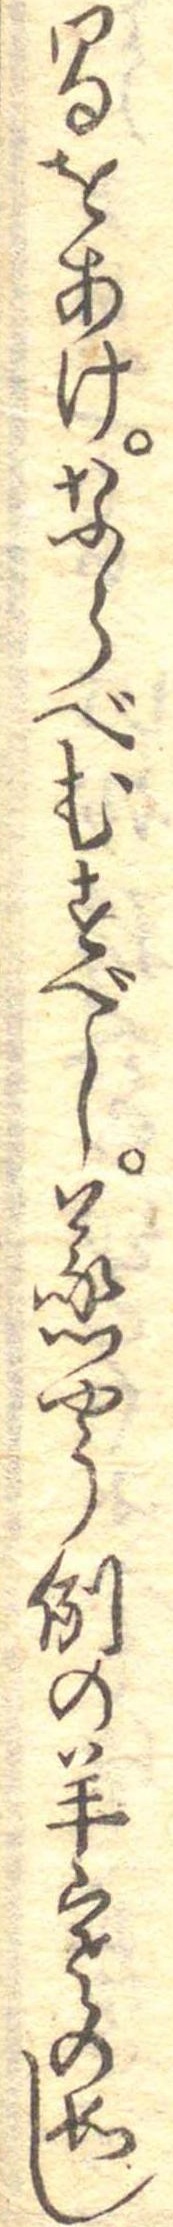
間をあけならべむすべし蒸やう例の羊寒の如し